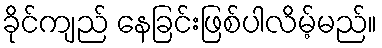
ခိုင်ကျည် နေခြင်းဖြစ်ပါလိမ့်မည်။